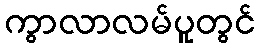
ကွာလာလမ်ပူတွင်